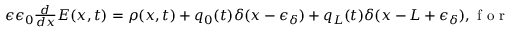
\begin{array} { r } { \epsilon \epsilon _ { 0 } \frac { d } { d x } E ( x , t ) = \rho ( x , t ) + q _ { 0 } ( t ) \delta ( x - \epsilon _ { \delta } ) + q _ { L } ( t ) \delta ( x - L + \epsilon _ { \delta } ) , \mathrm { ~ f ~ o ~ r ~ } 0 \leq x \leq L } \end{array}